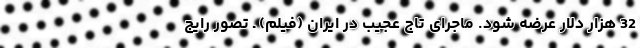
32 هزار دلار عرضه شود. ماجرای تاج عجیب در ایران (فیلم) ـ تصور رایج